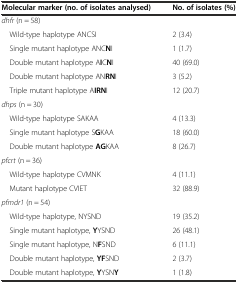
<table><thead><tr><td><b>Molecular marker (no. of isolates analysed)</b></td><td><b>No. of isolates (%)</b></td></tr></thead><tbody><tr><td><i>dhfr</i> (n = 58)</td><td></td></tr><tr><td> Wild-type haplotype ANCSI</td><td>2 (3.4)</td></tr><tr><td> Single mutant haplotype ANC<b>N</b>I</td><td>1 (1.7)</td></tr><tr><td> Double mutant haplotype A<b>I</b>C<b>N</b>I</td><td>40 (69.0)</td></tr><tr><td> Double mutant haplotype AN<b>RN</b>I</td><td>3 (5.2)</td></tr><tr><td> Triple mutant haplotype A<b>IRN</b>I</td><td>12 (20.7)</td></tr><tr><td><i>dhps</i> (n = 30)</td><td></td></tr><tr><td> Wild-type haplotype SAKAA</td><td>4 (13.3)</td></tr><tr><td> Single mutant haplotype S<b>G</b>KAA</td><td>18 (60.0)</td></tr><tr><td> Double mutant haplotype <b>AG</b>KAA</td><td>8 (26.7)</td></tr><tr><td><i>pfcrt</i> (n = 36)</td><td></td></tr><tr><td> Wild-type haplotype CVMNK</td><td>4 (11.1)</td></tr><tr><td> Mutant haplotype CVIET</td><td>32 (88.9)</td></tr><tr><td><i>pfmdr1</i> (n = 54)</td><td></td></tr><tr><td> Wild-type haplotype, NYSND</td><td>19 (35.2)</td></tr><tr><td> Single mutant haplotype, <b>Y</b>YSND</td><td>26 (48.1)</td></tr><tr><td> Single mutant haplotype, N<b>F</b>SND</td><td>6 (11.1)</td></tr><tr><td> Double mutant haplotype, <b>YF</b>SND</td><td>2 (3.7)</td></tr><tr><td> Double mutant haplotype, <b>Y</b>YSN<b>Y</b></td><td>1 (1.8)</td></tr></tbody></table>